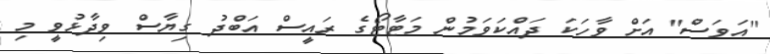
"އަވަސް" އަށް ވާހަކަ ދައްކަވަމުން މަޓާޓޯގެ ރައީސް އަބްދު ގިޔާސް ވިދާޅުވީ މި